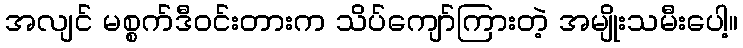
အလျင် မစ္စက်ဒီဝင်းတားက သိပ်ကျော်ကြားတဲ့ အမျိုးသမီးပေါ့။